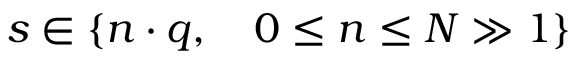
s \in \{ n \cdot q , \quad 0 \leq n \leq N \gg 1 \}